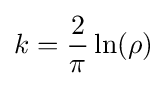
k={\frac {2}{\pi }}\ln(\rho )